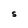
Character: S